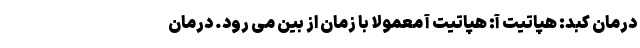
درمان کبد: هپاتیت آ: هپاتیت آ معمولاً با زمان از بین می رود. درمان